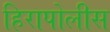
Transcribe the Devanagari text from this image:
हिरापोलीस